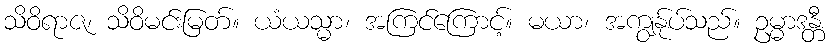
သိဝိရာဇ၊ သိဝိမင်းမြတ်။ ယံယသ္မာ၊ အကြင်ကြောင့်။ မယာ၊ အကျွန်ုပ်သည်။ ဥမ္မာဒန္တီ